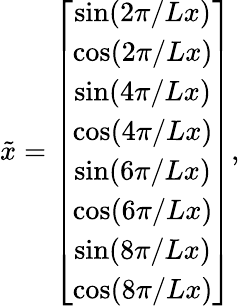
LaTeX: \tilde{x}=\left[\begin{array}{c}{\sin(2\pi/Lx)}\\ {\cos(2\pi/Lx)}\\ {\sin(4\pi/Lx)}\\ {\cos(4\pi/Lx)}\\ {\sin(6\pi/Lx)}\\ {\cos(6\pi/Lx)}\\ {\sin(8\pi/Lx)}\\ {\cos(8\pi/Lx)}\end{array}\right],